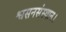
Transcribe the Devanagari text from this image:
श्वसनसंस्थान।